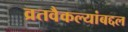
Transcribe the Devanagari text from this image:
व्रतवैकल्यांबद्दल